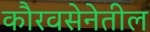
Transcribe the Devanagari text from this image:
कौरवसेनेतील